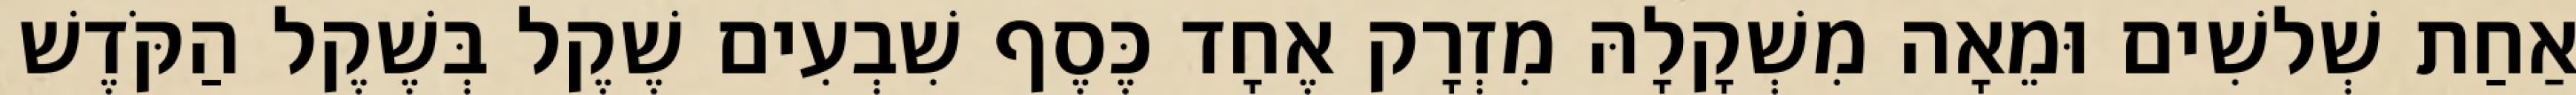
אַחַת שְׁלשִׁים וּמֵאָה מִשְׁקָלָהּ מִזְרָק אֶחָד כֶּסֶף שִׁבְעִים שֶׁקֶל בְּשֶׁקֶל הַקֹּדֶשׁ